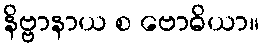
နိဗ္ဗာနာယ စ ဗောဓိယာ။